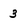
Character: 3